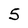
Character: 5